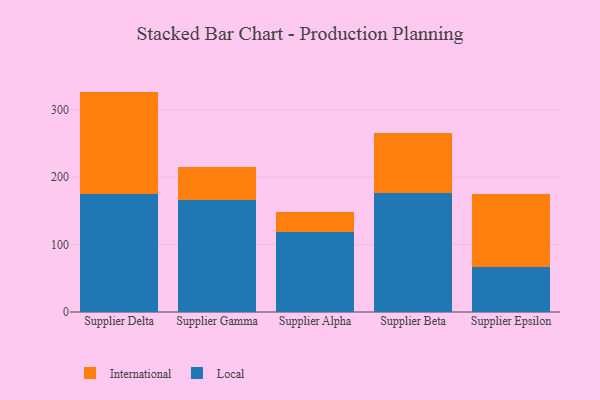
{"axis": {"x": "Supplier", "y": "Customer Acquisition Cost (USD)"}, "legend": ["International", "Local"], "data": [{"x": "Supplier Delta", "y": 175.2, "type": "Local"}, {"x": "Supplier Delta", "y": 151.5, "type": "International"}, {"x": "Supplier Gamma", "y": 165.7, "type": "Local"}, {"x": "Supplier Gamma", "y": 49.8, "type": "International"}, {"x": "Supplier Alpha", "y": 118.9, "type": "Local"}, {"x": "Supplier Alpha", "y": 29.9, "type": "International"}, {"x": "Supplier Beta", "y": 175.7, "type": "Local"}, {"x": "Supplier Beta", "y": 89.3, "type": "International"}, {"x": "Supplier Epsilon", "y": 66.8, "type": "Local"}, {"x": "Supplier Epsilon", "y": 107.5, "type": "International"}]}